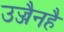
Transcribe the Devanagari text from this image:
उज्जैनहै